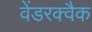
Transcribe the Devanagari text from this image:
वेंडरक्वैक